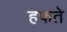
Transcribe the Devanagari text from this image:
हफते